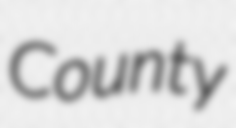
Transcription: County